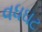
વધઘટ